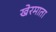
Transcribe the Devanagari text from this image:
खेरमाता